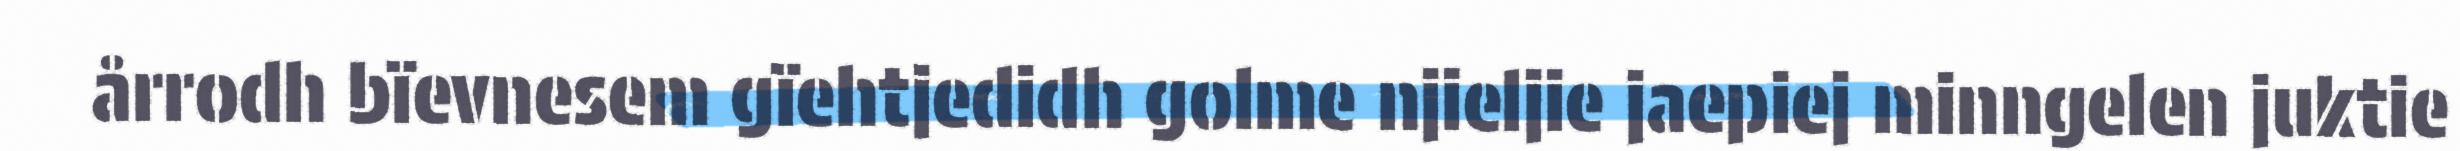
årrodh bïevnesem gïehtjedidh golme njieljie jaepiej minngelen juktie